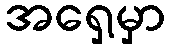
အရှေ့မှာ